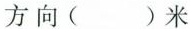
方向()米